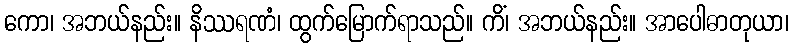
ကော၊ အဘယ်နည်း။ နိဿရဏံ၊ ထွက်မြောက်ရာသည်။ ကိံ၊ အဘယ်နည်း။ အာပေါဓာတုယာ၊